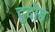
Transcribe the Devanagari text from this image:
दुदोह